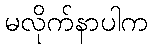
မလိုက်နာပါက